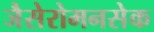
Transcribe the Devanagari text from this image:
जैसेरोमनसेक